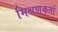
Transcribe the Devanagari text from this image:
मिश्रणकर्ता